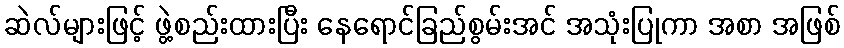
ဆဲလ်များဖြင့် ဖွဲ့စည်းထားပြီး နေရောင်ခြည်စွမ်းအင် အသုံးပြုကာ အစာ အဖြစ်